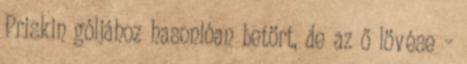
Priskin góljához hasonlóan betört, de az ő lövése –